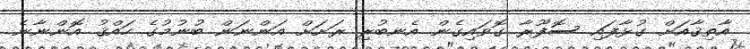
އާތިޤާއަށް ގުޅާފައި ސޮފޫރާ ގޮވައިގެން އެނބުރި ރަށަށް އަންނަން ބުނުމުގެ ހައްޤު އޮންނާނެ